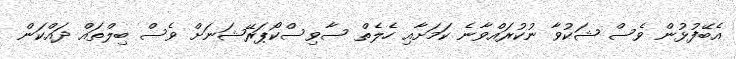
އެބޭފުޅުން ވެސް ޝަކުވާ ނުކުރައްވާނެ ކަމަށާއި ހެލެތް ސާވިސްކޯޕަރޭޝަނަށް ވެސް ބިލްތައް ދައްކަން